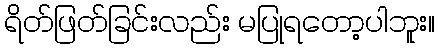
ရိတ်ဖြတ်ခြင်းလည်း မပြုရတော့ပါဘူး။